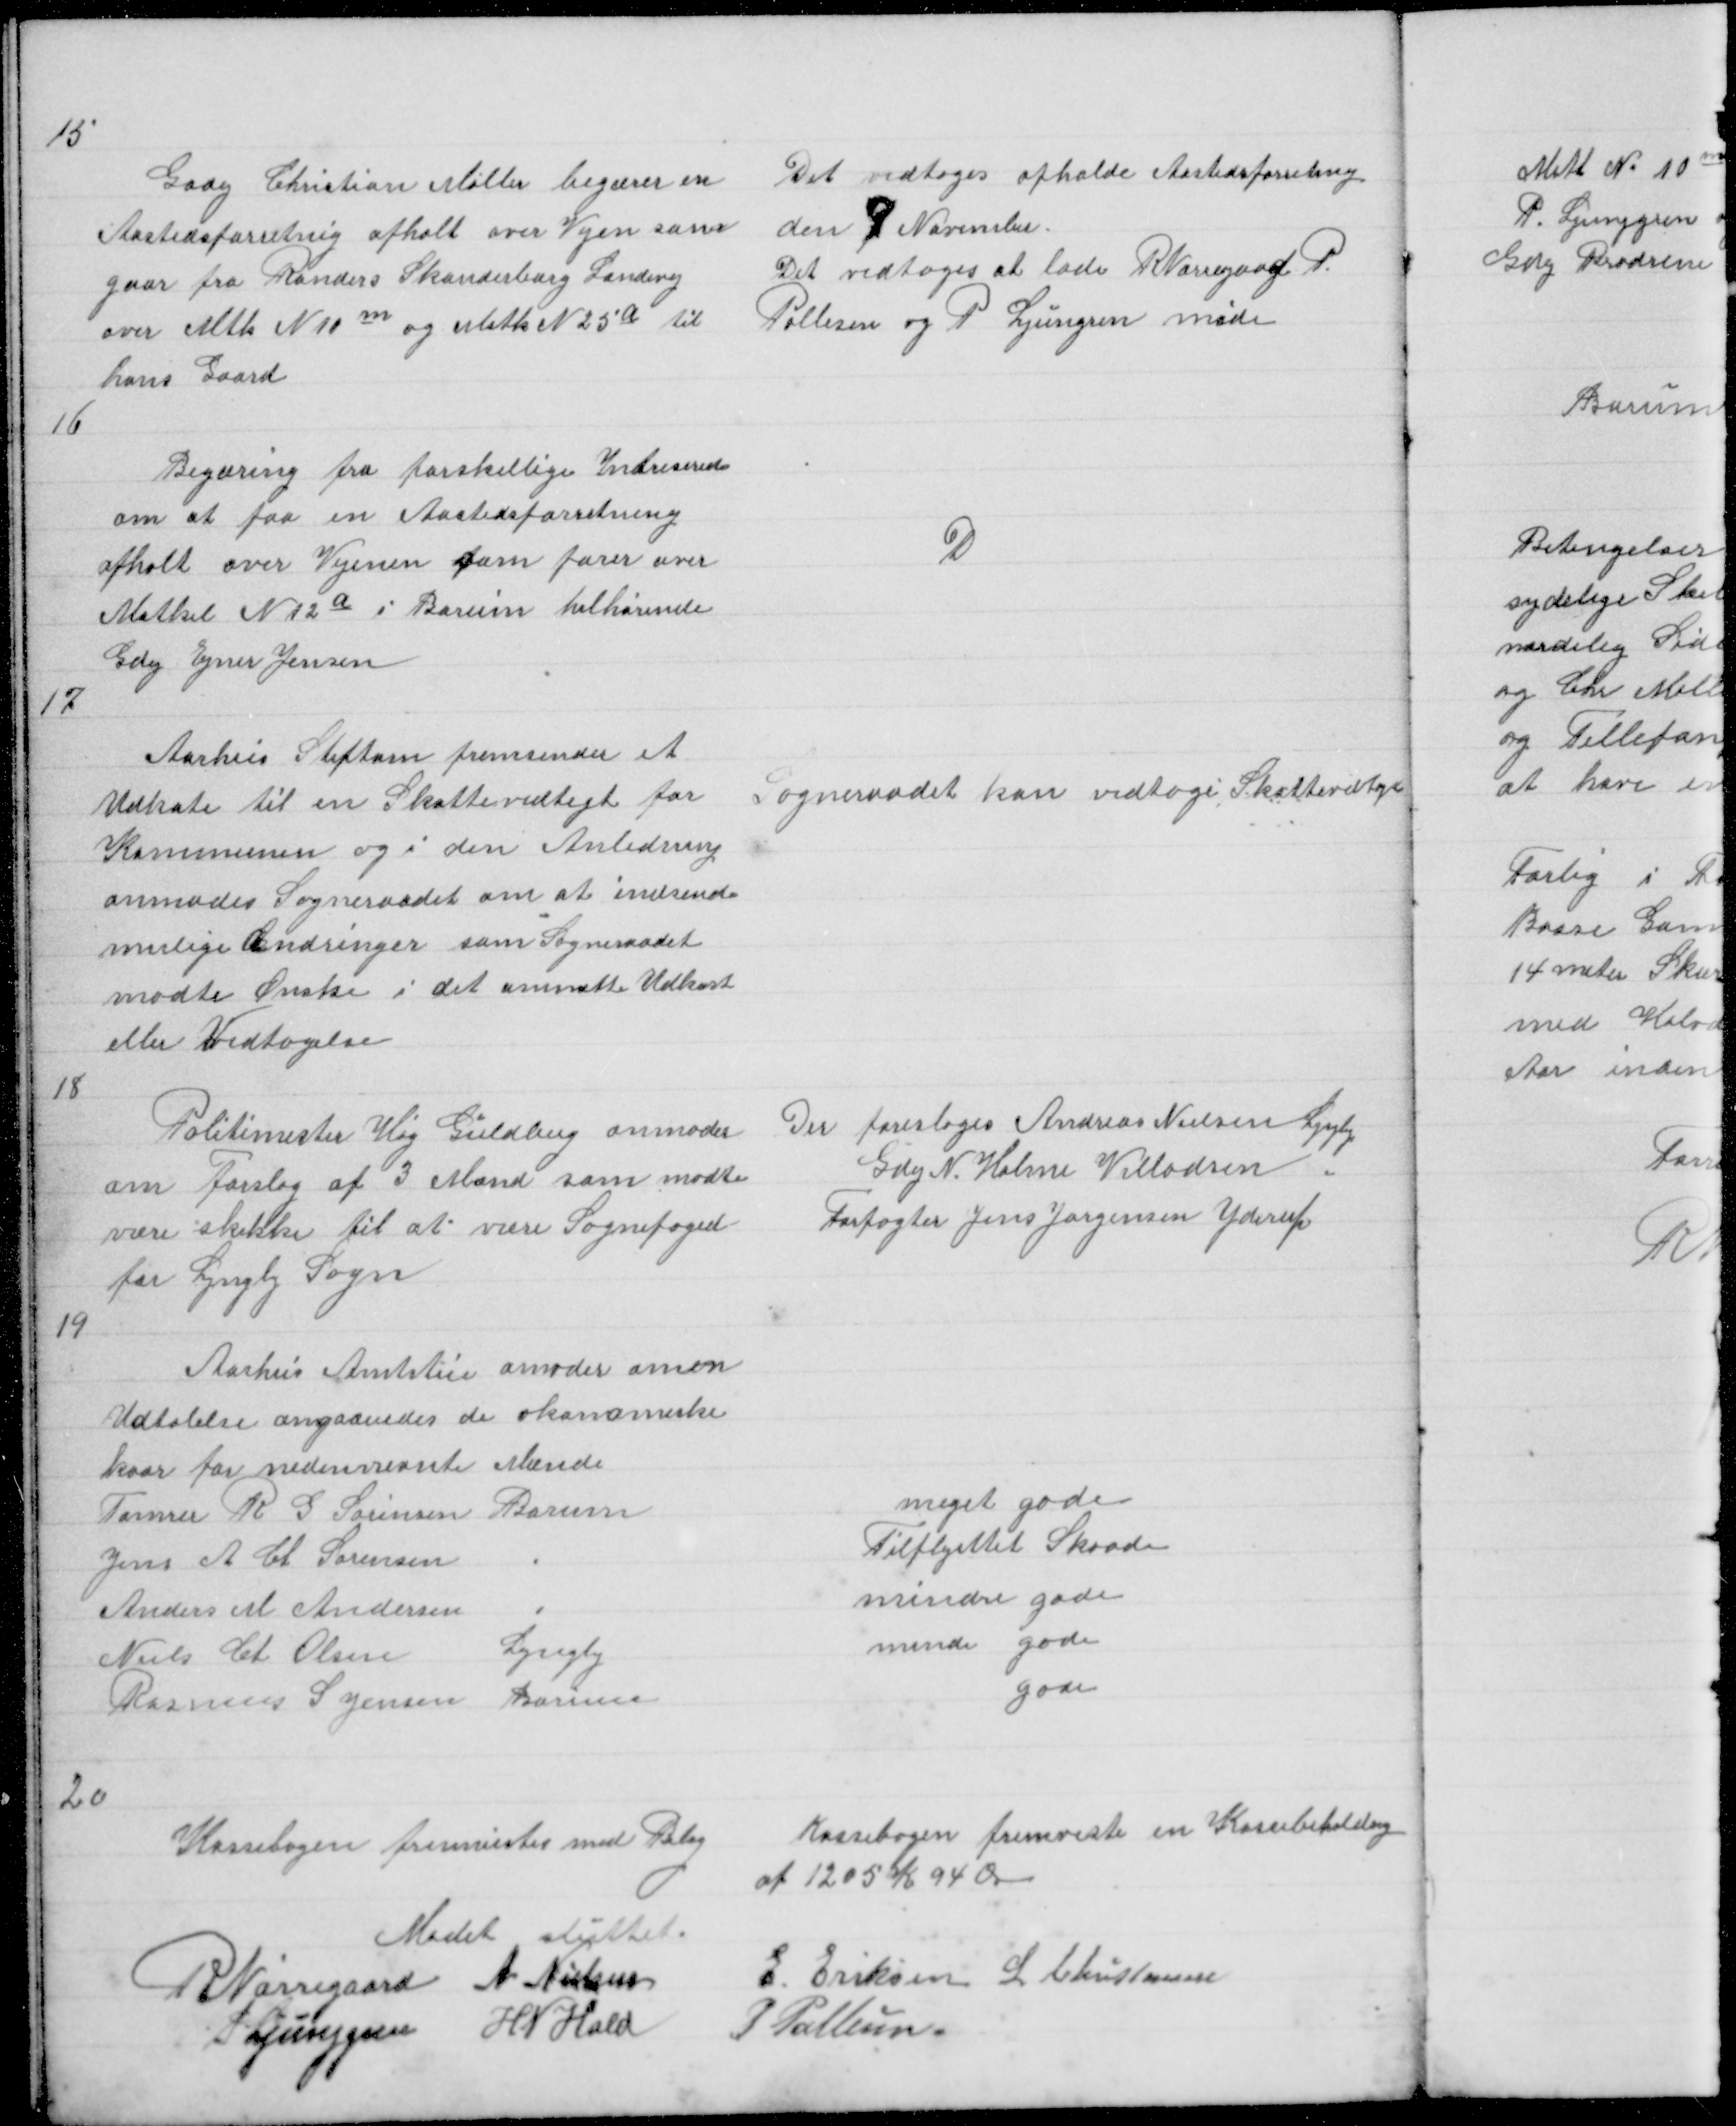
Transskription:
15

Gdej Christian Møller begærer en
Aastedsforretning afholt over Vejen som
gaar fra Randers Skanderborg Landevej
over Mtk N 11 m og Matk N 25 a til
hans Gaard

Det vedtoges at afholde Aastedsforretnig
den 9 November
Det vedtoges at lade R Nørregaard P.
Pallesen og P Ljunggren møde

16

Begæring fra Forskellige Intreserede
om at faa en Aastedsforretning
afholt over Vejenen som fører over
Matkel 12 a i Borum tilhørende
Gdej Ejner Jensen

D

17

Aarhus Stiftam fremsender et
Udkats til en Skattevedtegt for
Kommunen og i den Anledning
anmodes Sogneraadet om at indsende
mulige Ændringer som Sogneraadet
modte Ønske i det tte Udkast
eller Vedtagelse

Sogneraadet kan vedtage Skattevdtgt

18

Politimester Høg Guldberg anmoder
om Forslag af 3 Mand som modte
være skikke til at være Sognefoged
for Lyngby Sogn

Der foresloges Andreas Nielsen Lyngby
Gdej N Holme Villadsen "
Forpagter Jens Jørgensen Yderup

19

Aarhus Amtstue anmoder omen
Udtalelse angaaendes de økonomiske
kaar for nedennevnte Mænd
Tømrer R G Sørensen Borum
Jens A Ct Sørensen
"
Anders M Andersen
"
Niels Ct Olsen
Lyngby
Rasmus S Jensen Borum

meget gode
Tilflyttet Skaade
mindre gode
minde gode
gode

20

Kassebogen fremvistes med Bilag

Kassebogen fremviste en Kassebeholding
af 1205 K 94 Øre

Mødet sluttet
R Nørregaard A Nielsen
E Eriksen L Christensen
P Ljunggren H N Hald
P Pallesen